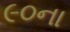
૯૦ના